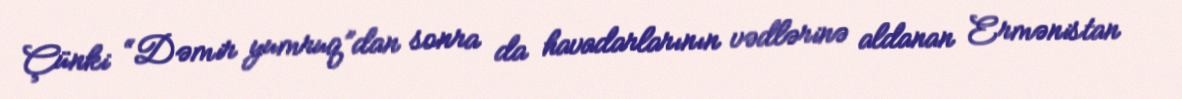
Çünki “Dəmir yumruq”dan sonra da havadarlarının vədlərinə aldanan Ermənistan